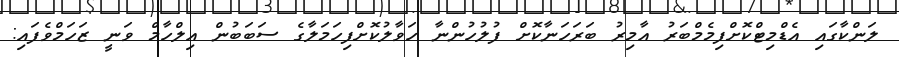
ލަންކާގައި އެޑްމިޓްކޮށްފިމެމްބަރު އާމިރު ބަރަހަނާކޮށް ފުލުހުންނާ ހަވާލުކޮށްފިހަމަލާގެ ސަބަބުން އިލްހާމް ވަނީ ޒަހަމްވެފައި: